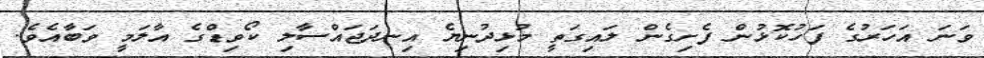
ވަނަ އަހަރުގެ ފަހުކޮޅުން ފެށިގެން ލައިގަތީ މުޅިދުނިޔެ އިނދަޖައްސާލި ކޯވިޑްގެ އާލަމީ ވަބާއެވެ.